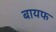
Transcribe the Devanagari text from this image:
बायफ